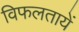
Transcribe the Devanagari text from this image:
विफलतायें